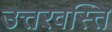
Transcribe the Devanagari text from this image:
उत्तरवस्ति